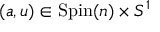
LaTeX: ( a , u ) \in \mathrm { S p i n } ( n ) \times S ^ { 1 }